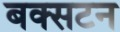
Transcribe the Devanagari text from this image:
बक्सटन